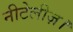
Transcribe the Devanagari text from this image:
नीटेलीज़।